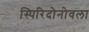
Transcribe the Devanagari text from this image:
स्पिरिदोनोवला